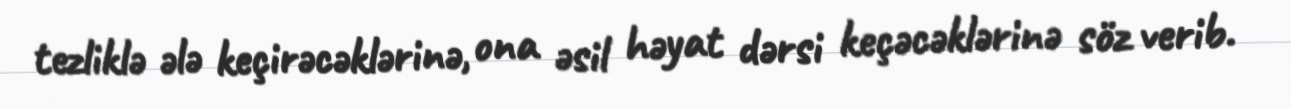
tezliklə ələ keçirəcəklərinə, ona əsil həyat dərsi keçəcəklərinə söz verib.